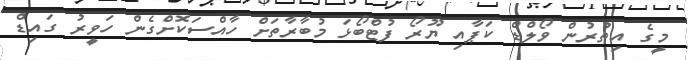
މީގެ އިތުރުން ވޯލްޑް ކަޕާއި ޔޫރޯ ފުޓްބޯޅަ މުބާރާތަށް ހާއްސަކޮށްގެން ހަވީރު ގައިޑް